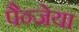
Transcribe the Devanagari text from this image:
पैन्जेया